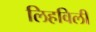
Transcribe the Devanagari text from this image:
लिहविली